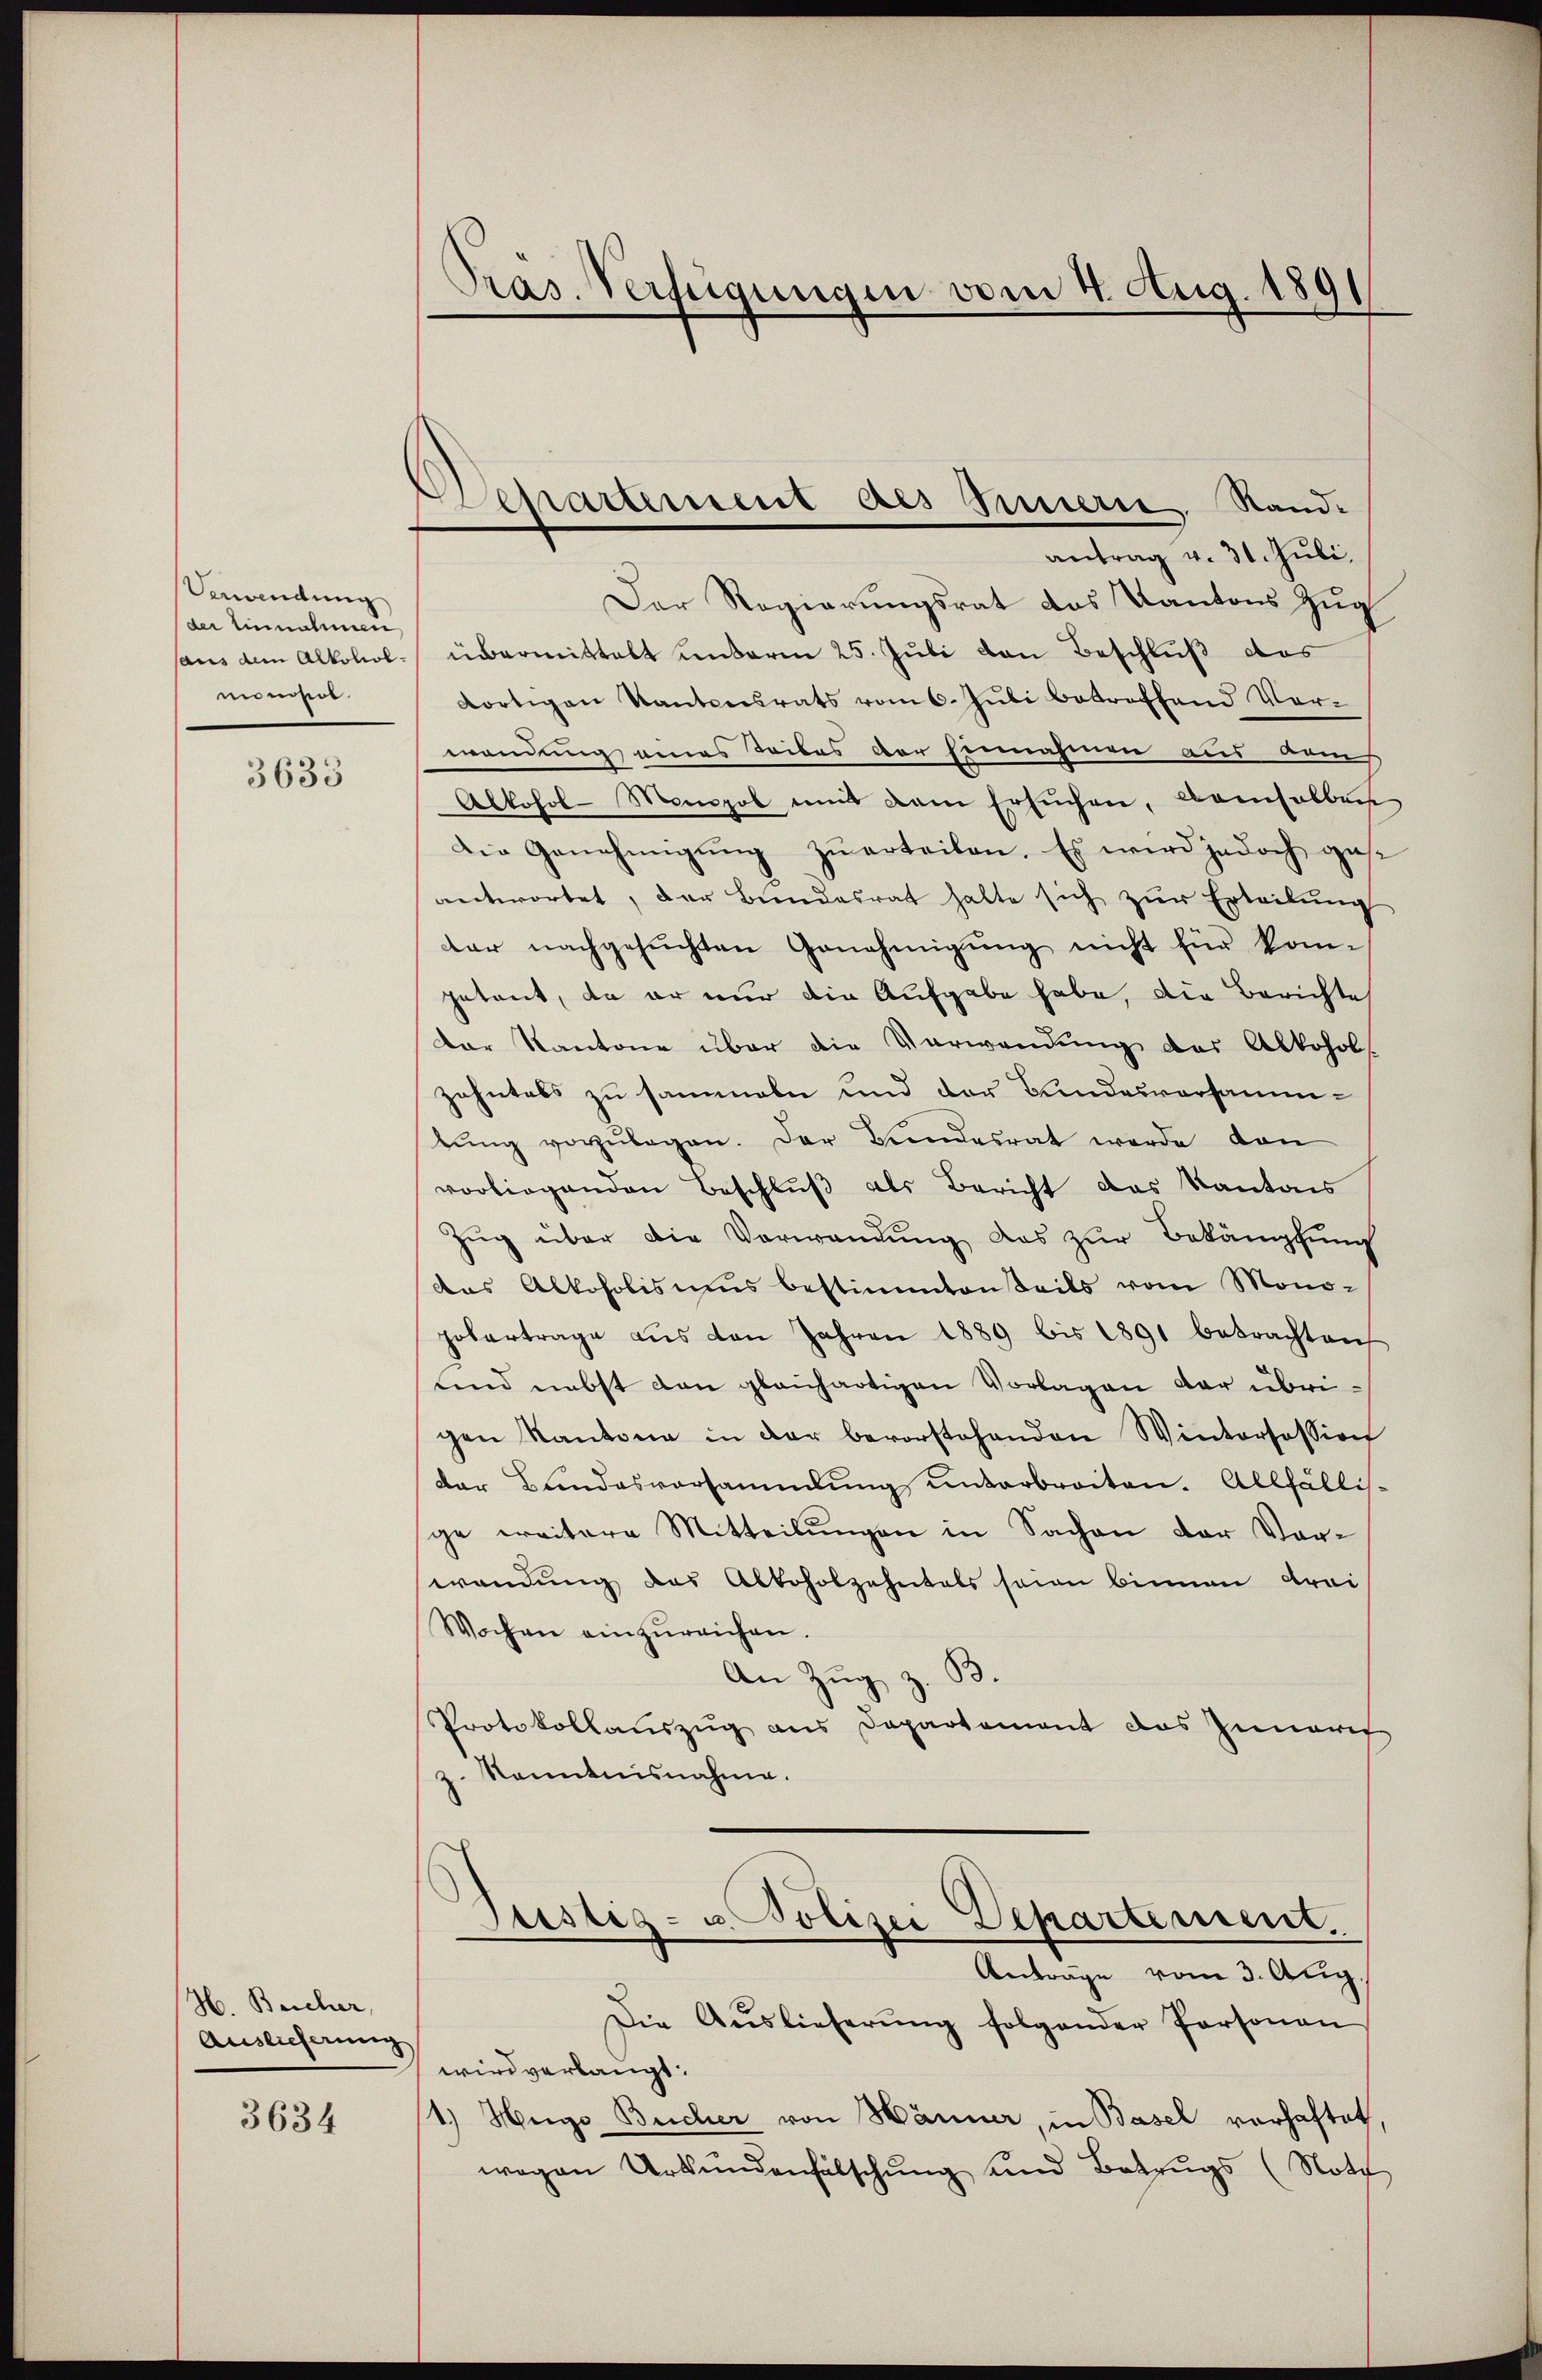
Arandung
der Einnahmen
aus dem Alkoholmonopol

3633

H. Beicher,
Auslieferung

3634

Pras. Verfügungen vom 4. Aug. 189

Departement des Innern, Rand¬

antrag v. 31. Juli.
Der Regierungsrat des Kantons Zug
übermittelt unterm 25. Juli von Beschluß das
dortigen Kantonsrats vom 6. Jŭli betreffend Vor-
wendung eines Leibes der Einnahmen aus bei
Alkohol-Monopol mit dem Ersuchen, leichelbar
Die Genehmigŭng zŭ erteilen. Es wird jedoch gese
antwortet, der Bŭndesrat halte sich zŭr Erteilŭng
dar nachgesuchten Genehmigung nicht für komgetaut, da er nur die Aufgabe habe, die Berichte
der Kantone über die Verwendung des Alkohols
zahntabs zu sammeln und der Bundesvorsammtŭng vorzŭlegen. Der Bundesrat werde dan
vorliegenden Beschluß als Bericht das Kantons
Zŭg über die Vorwandung das zur Bekämpfung
das Alkoholismus bestimmtenteils vom Mono-
hobertrage aŭs den Jahren 1889 bis 1891 betrachten
und nebst den glaichartigen Vorlagen der übrigen Kantone in der bevorstehenden Wintersession
der Bundesvorsammlung unterbreiten. Allfälli-
ge weitere Mitteilŭngen in Sachen der Vor-
wendung des Abtoholzehntals seien binnen drei
Wochen einzureichen.
B.
An Zug z.
Protokollauszug aus Departement das Innerer
z. Kenntnisnahme.
.
Justiz- u. Polizei Separtement.
Anträge vom 3. Aug.
Die Aŭslieferŭng folgender Personan
wird verlangt.
1.) Hugo Bucher von Männer, in Basel verhaftet,
wegen Urkundenfälschung und Betrugs (Nott